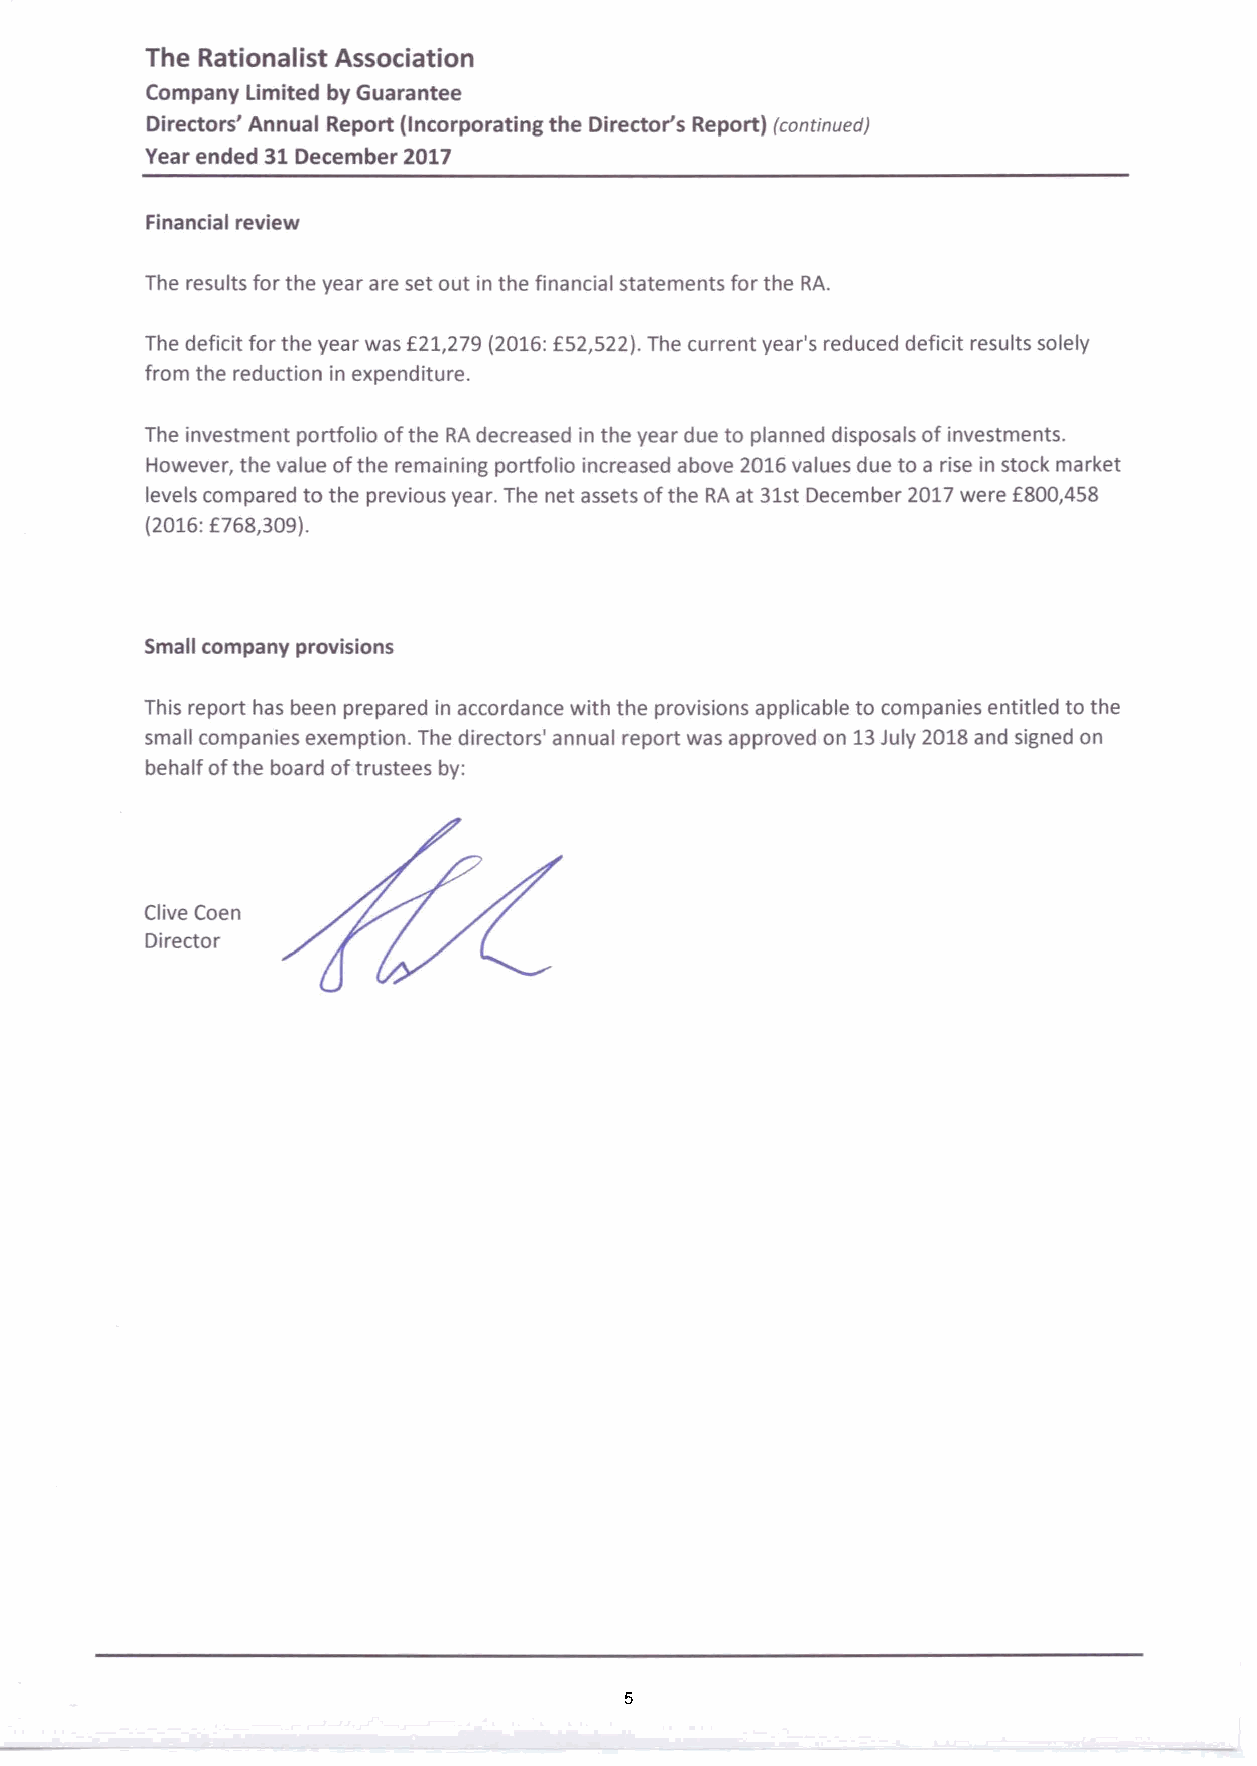
The Rationalist Association
 Companylimited byGuarantee
 Directors' Annual Report (Incorporatingthe Director's Report) (continued)
 Year ended 31 December 2017
 Financial review
 The results forthe yearare setout in the financial statementsforthe RA.
 The deficitforthe year was £21,279 (2016: £52,522). The currentyear's reduced deficit results solely
 from the reduction in expenditure.
 The investment portfolio ofthe RAdecreased in the year due to planned disposalsofinvestments.
 However, the value ofthe remaining portfolio increased above 2016values due to arise in stock market
 levelscompared to the previousyear. The net assets ofthe RA at 31st December2017 were £800,458
 (2016: £768,309).
 Small company provisions
 This report has been prepared in accordance with the provisions applicableto companiesentitled to the
 small companiesexemption. The directors' annual report was approved on 13July 2018 and signed on
 behalfofthe board oftrustees by:
 Clive Coen
 Director
 5